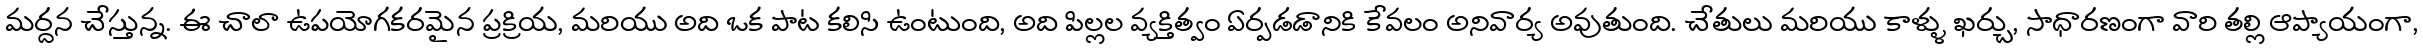
మర్దన చేస్తున్న. ఈ చాలా ఉపయోగకరమైన ప్రక్రియ, మరియు అది ఒక పాట కలిసి ఉంటుంది, అది పిల్లల వ్యక్తిత్వం ఏర్పడడానికి కేవలం అనివార్య అవుతుంది. చేతులు మరియు కాళ్ళు ఖర్చు, సాధారణంగా వారి తల్లి ఆప్యాయంగా,